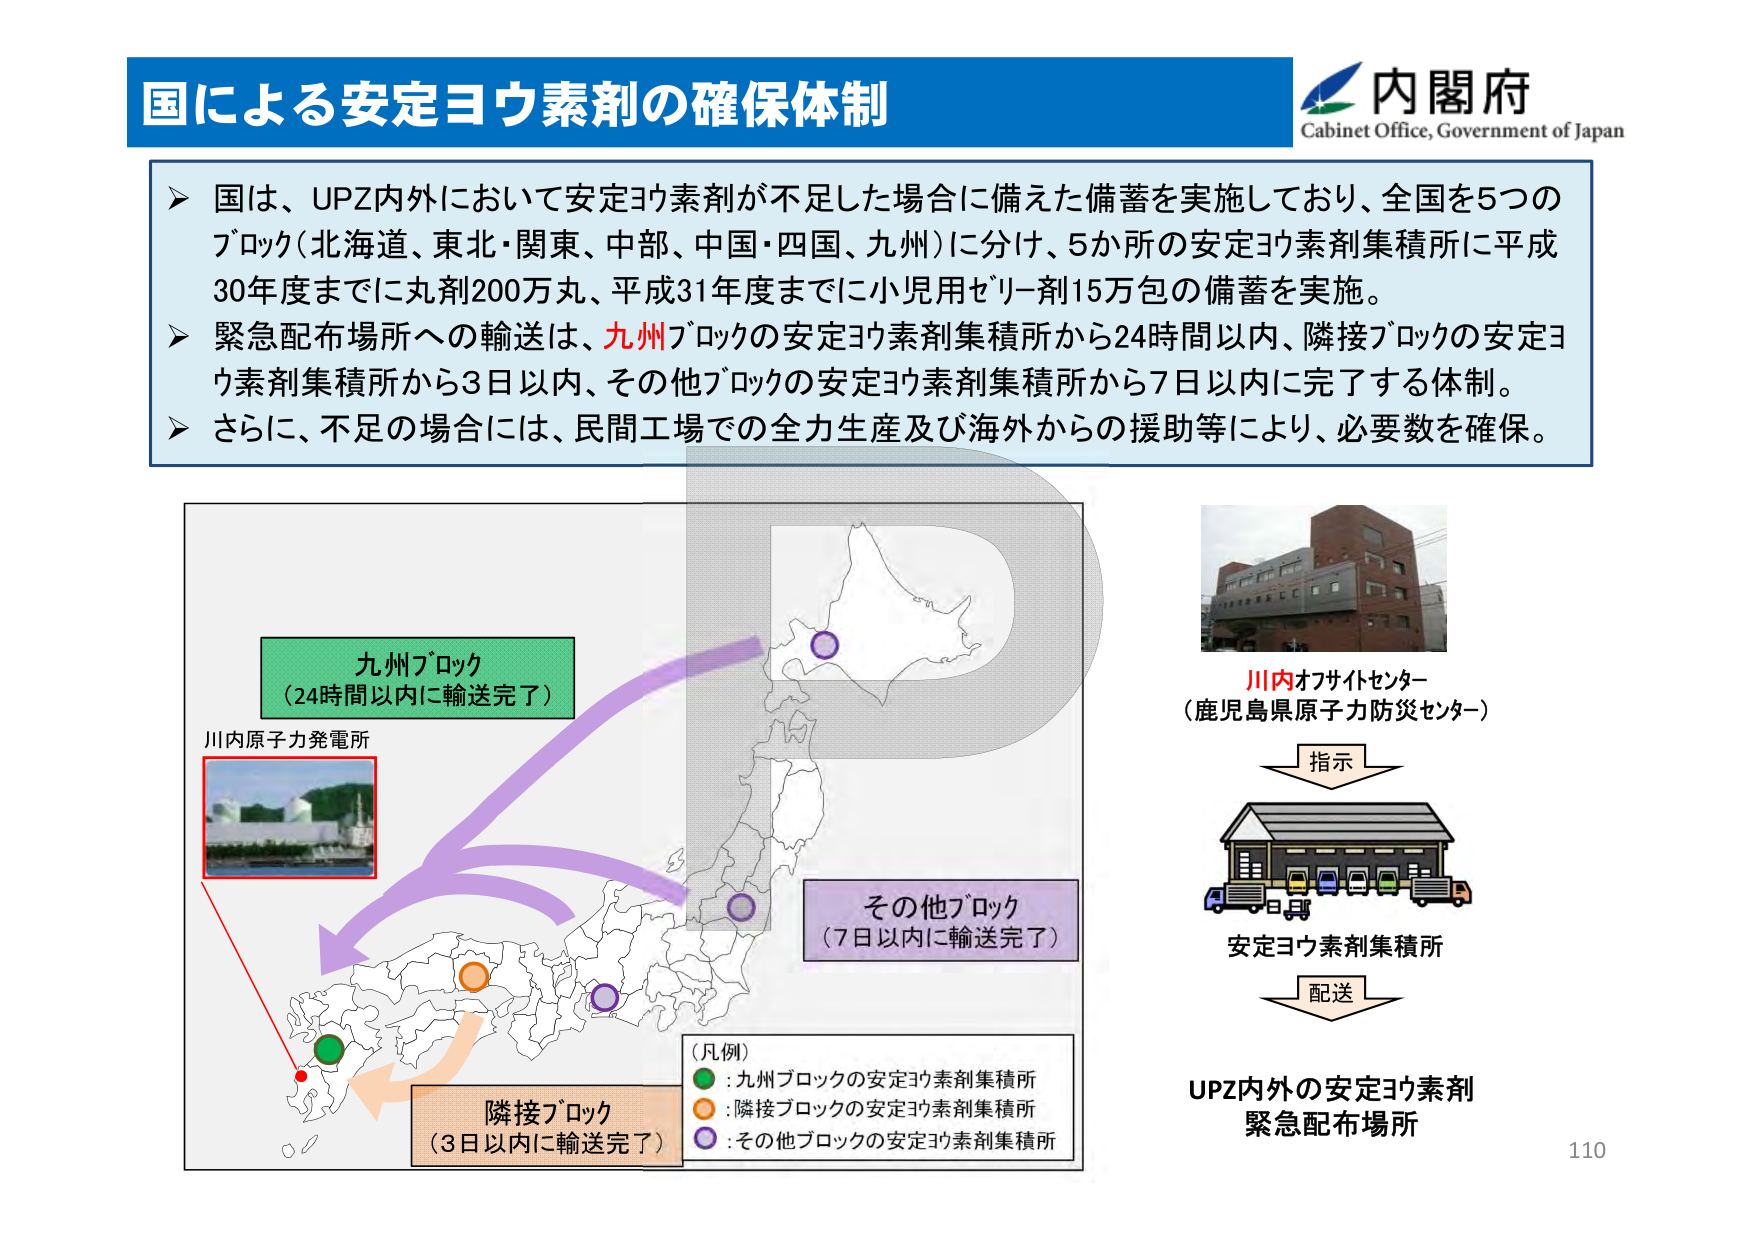
国による安定ヨウ素剤の確保体制

内閣府
Cabinet Office, Government of Japan

➤ 国は、UPZ内外において安定ヨウ素剤が不足した場合に備えた備蓄を実施しており、全国を5つのブロック（北海道、東北・関東、中部、中国・四国、九州）に分け、5か所の安定ヨウ素剤集積所に平成30年度までに丸剤200万丸、平成31年度までに小児用ゼリー剤15万包の備蓄を実施。
➤ 緊急配布場所への輸送は、九州ブロックの安定ヨウ素剤集積所から24時間以内、隣接ブロックの安定ヨウ素剤集積所から3日以内、その他ブロックの安定ヨウ素剤集積所から7日以内に完了する体制。
➤ さらに、不足の場合には、民間工場での全力生産及び海外からの援助等により、必要数を確保。

九州ブロック
（24時間以内に輸送完了）

川内原子力発電所

隣接ブロック
（3日以内に輸送完了）

その他ブロック
（7日以内に輸送完了）

（凡例）
● : 九州ブロックの安定ヨウ素剤集積所
○ : 隣接ブロックの安定ヨウ素剤集積所
◎ : その他ブロックの安定ヨウ素剤集積所

川内オフサイトセンター
（鹿児島県原子力防災センター）

指示

安定ヨウ素剤集積所

配送

UPZ内外の安定ヨウ素剤
緊急配布場所

110